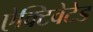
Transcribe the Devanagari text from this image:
ऐक्टिवेटेड